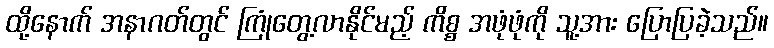
ထို့နောက် အနာဂတ်တွင် ကြုံတွေ့လာနိုင်မည့် ကိစ္စ အဖုံဖုံကို သူ့အား ပြောပြခဲ့သည်။